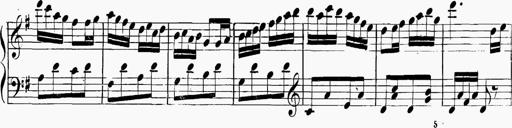
Title: 6 Sonatinas
Composer: Carl Reinecke